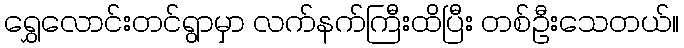
ရွှေလောင်းတင်ရွာမှာ လက်နက်ကြီးထိပြီး တစ်ဦးသေတယ်။